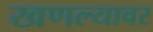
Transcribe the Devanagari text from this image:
खणल्यावर